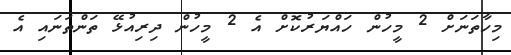
މިހާތަނަށް 2 މީހުން ހައްޔަރުކޮށް އެ 2 މީހުން ދިރިއުޅޭ ތަންތަނައި އެ